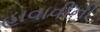
હાવાવીની